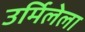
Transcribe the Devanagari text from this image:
उर्मिलेला